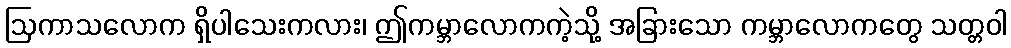
ဩကာသလောက ရှိပါသေးကလား၊ ဤကမ္ဘာလောကကဲ့သို့ အခြားသော ကမ္ဘာလောကတွေ သတ္တဝါ